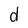
Character: d